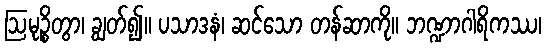
ဩမုဉ္စိတွာ၊ ချွတ်၍။ ပသာဒနံ၊ ဆင်သော တန်ဆာကို။ ဘဏ္ဍာဂါရိကဿ၊